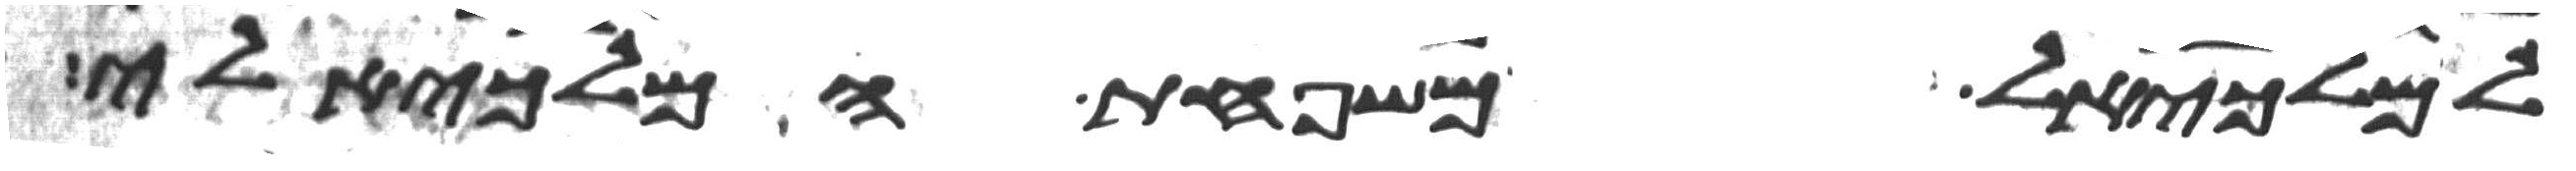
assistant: למלכיאל משפחת המלכיאלי